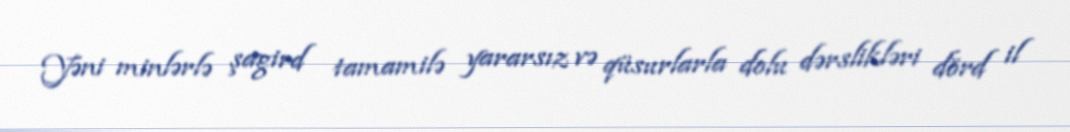
Yəni minlərlə şagird tamamilə yararsız və qüsurlarla dolu dərslikləri dörd il